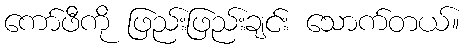
ကော်ဖီကို ဖြည်းဖြည်းချင်း သောက်တယ်။